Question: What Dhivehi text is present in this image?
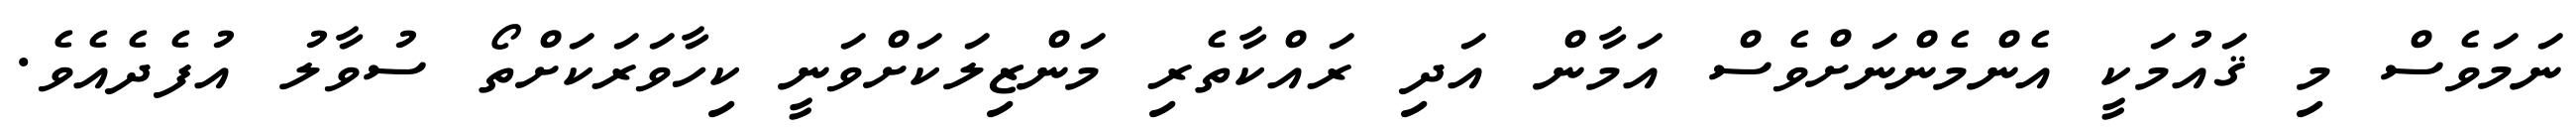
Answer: ނަމަވެސް މި ޤައުމަކީ އެންމެންނަށްވެސް އަމާން އަދި ރައްކާތެރި މަންޒިލަކަށްވަނީ ކިހާވަރަކަށްތޯ ސުވާލު އުފެދެއެވެ.